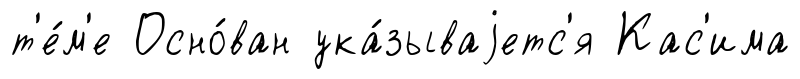
т'е́м'е Осно́ван ука́зываjетс'я Кас'има